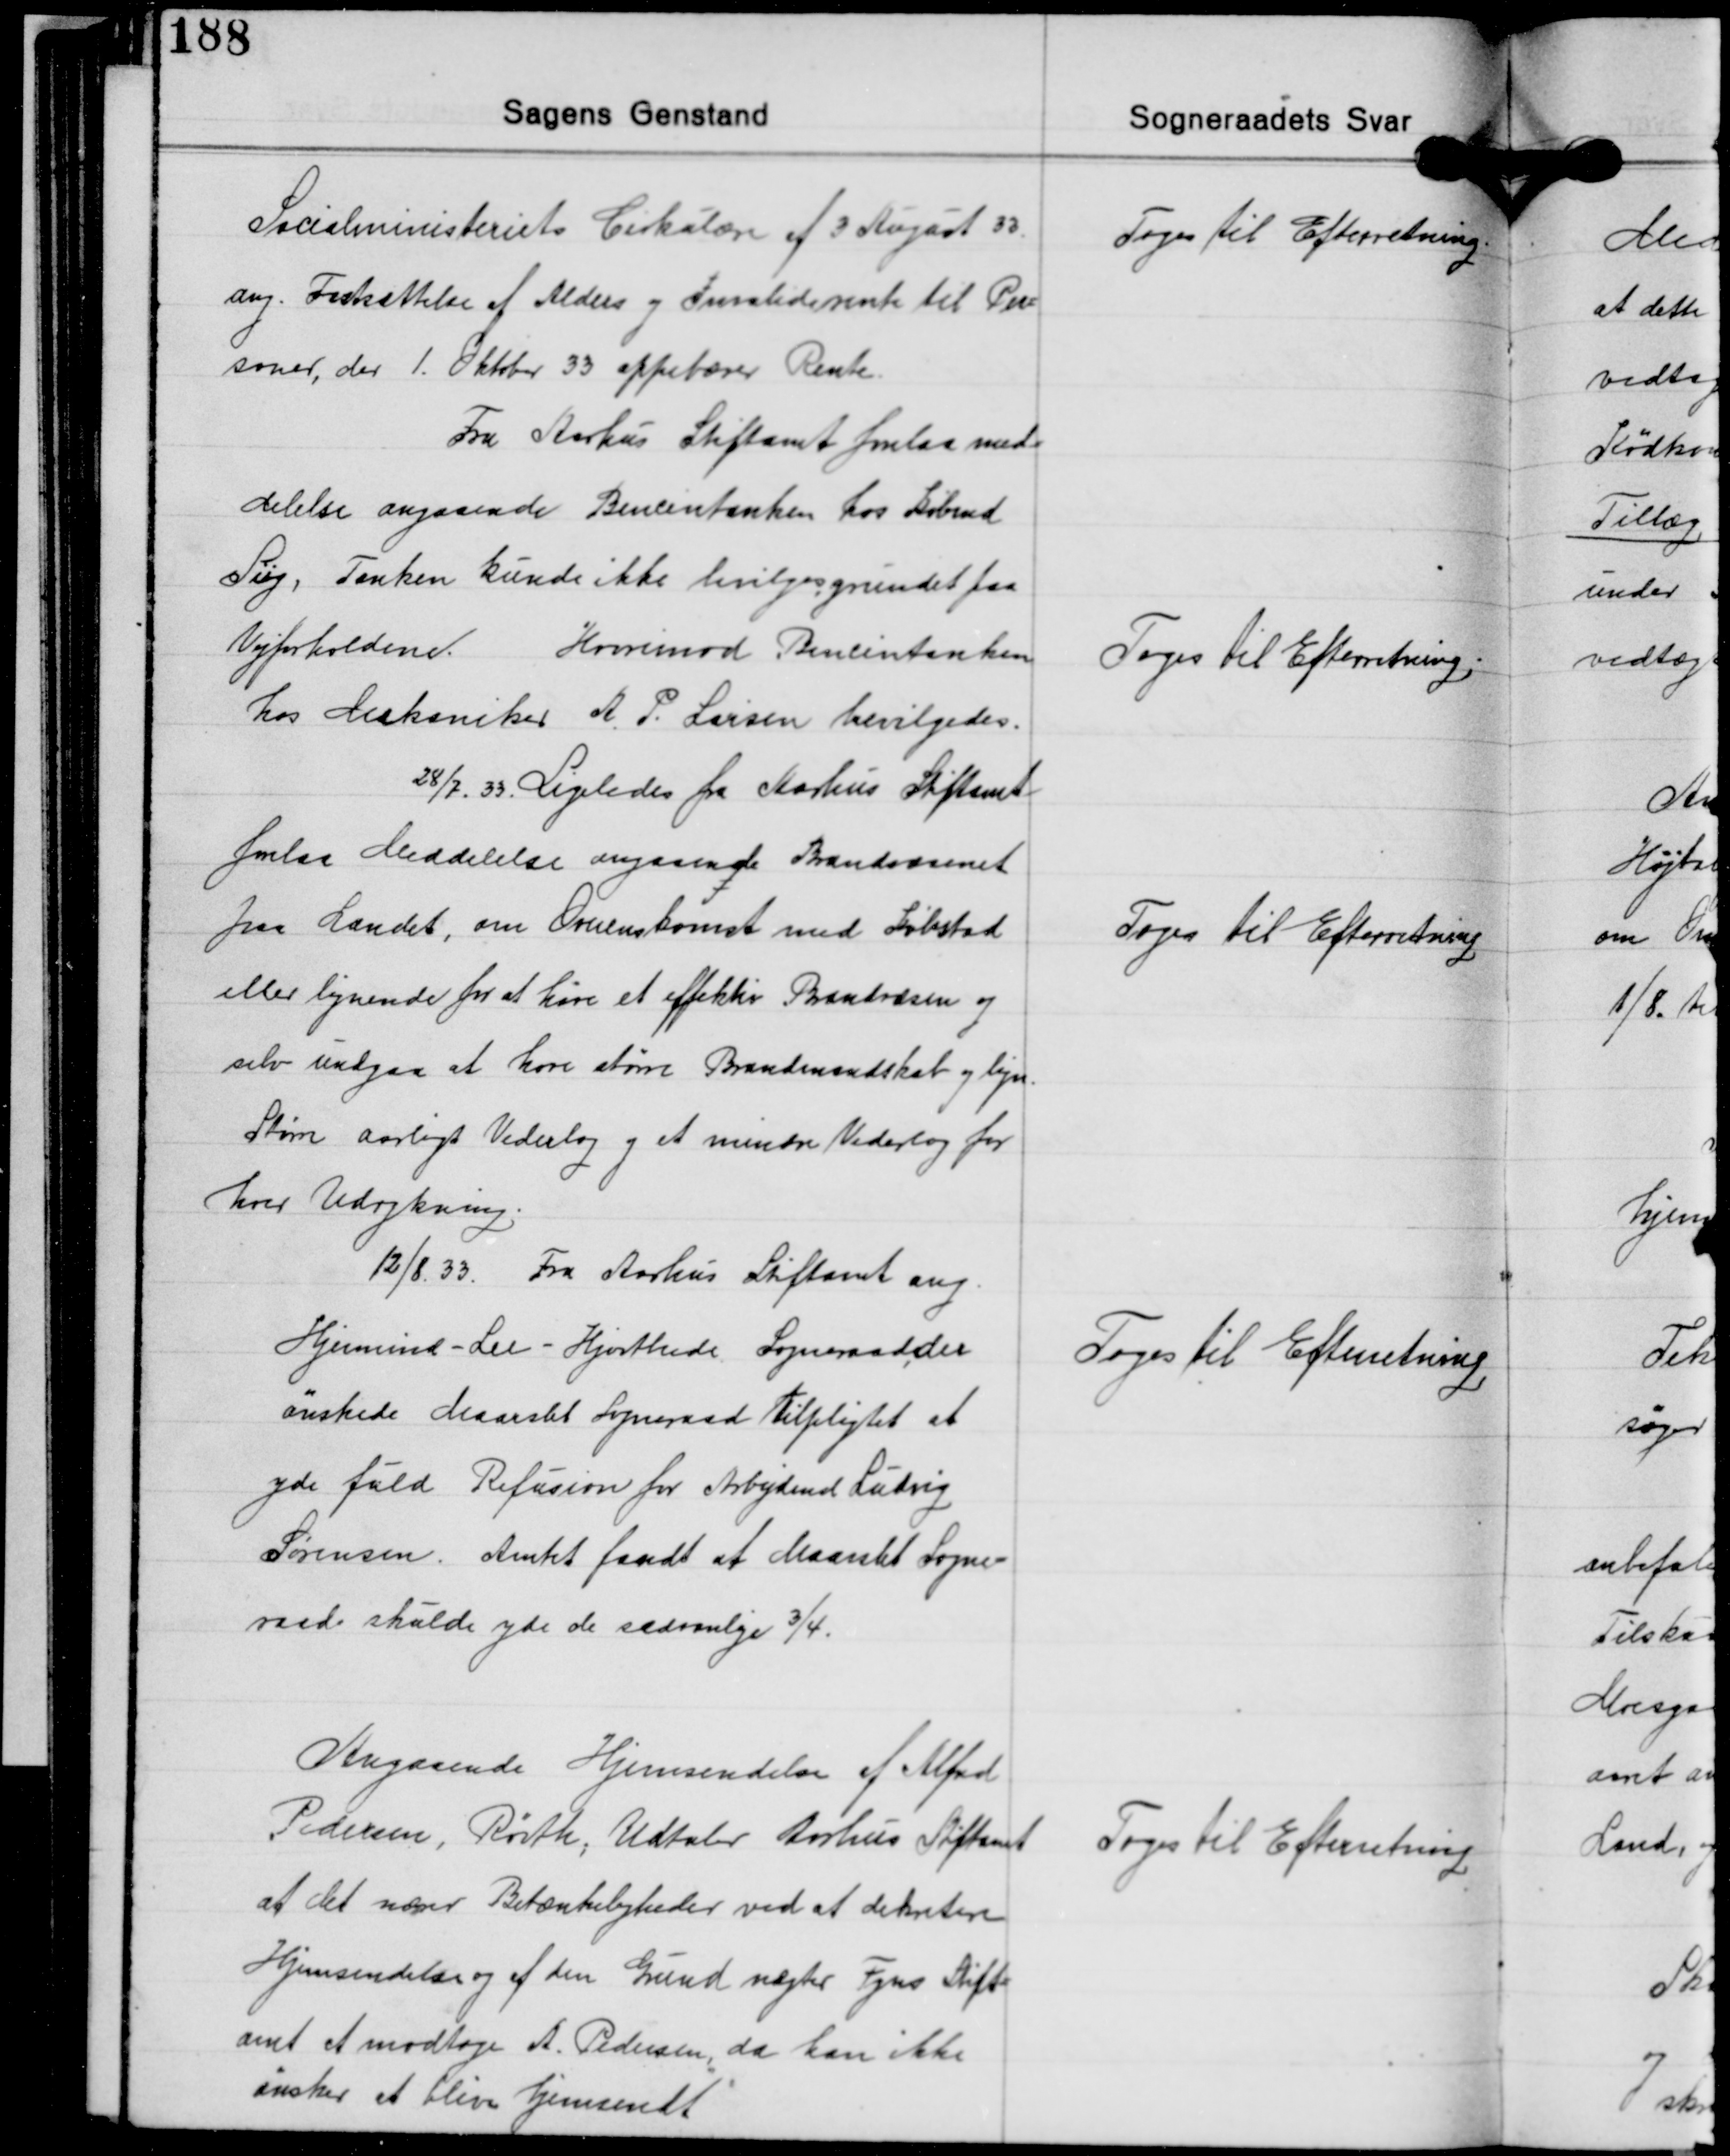
Transskription:
Socialministeriets Cirkulære af 3 August 33.
ang. Fastsættelse af Alders og Invaliderente til Per-
soner, der 1. Oktober 33 oppebærer Rente.

Toges til Efterretning

Fra Aarhus Stiftamt forelaa med-
delelse angaaende Bencintanken hos Købmd.
Siig. Tanken kunde ikke bevilges grundet paa
Vejforholdene. Hvorimod Bencintanken
hos Mekaniker A. P. Larsen bevilgedes.

Toges Til Efterretning

28/7 33. Ligeledes fra Aarhus Stiftamt.
forelaa Meddelelse angaaende Brandvæsenet
paa Landet, om Overenskomst med Købstad
eller lignende for at køre et effektiv Brandvæsen og
selv undgaa at have større Brandmandskab og lign.
Større aarligt Vederlag og et mindre Vederlag for
hver Udrykning.

Toges til Efterretning

12/8 33. Fra Aarhus Stiftamt ang.
Hjermind-Lee-Hjorthede Sogneraad der
ønskede Maarslet Sogneraad tilpligtet at
yde fuld Refusion for Arbejdsmd. Ludvig
Sørensen. Amtet fandt af Maarslet Sogne-
raad skulde yde de sædvanlige 3/4.

Toges til Efterretning

Angaaende Hjemsendelse af Alfred
Pedersen, Rørth, Udtaler Aarhus Stiftamt
at det nærer Betænkeligheder ved at dekretere
Hjemsendelse og af den Grund nægter Fyns Stift-
amt at modtage A. Pedersen, da han ikke
ønsker at blive hjemsendt

Toges til Efterretning